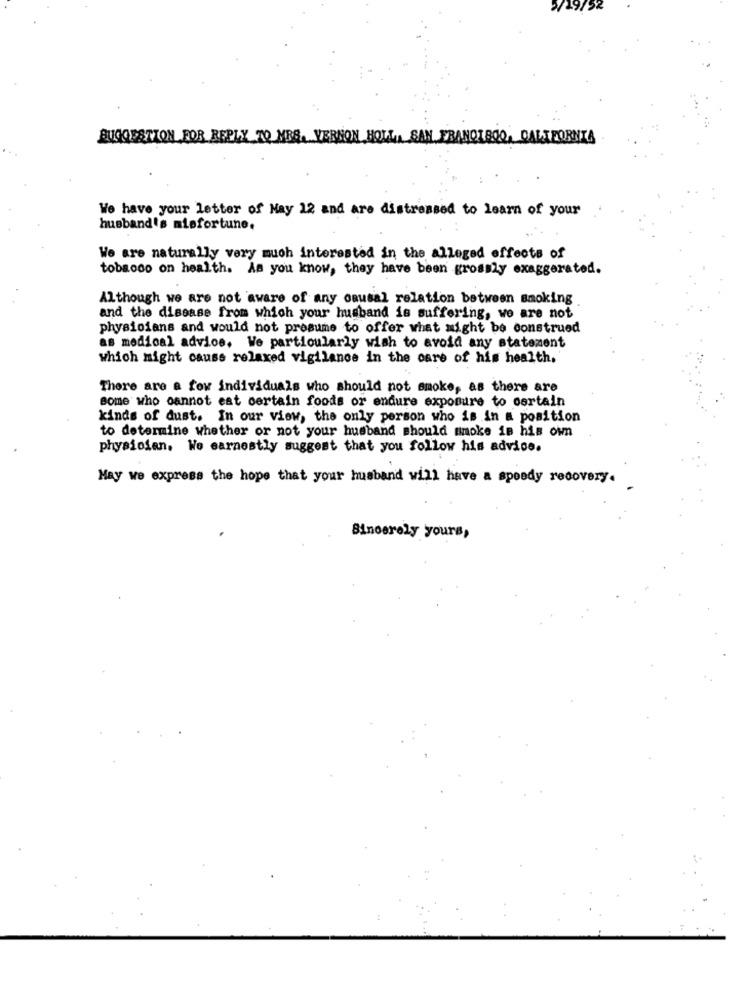
SUGGESTION FOR REPLY TO MEG. VERNON HOLL, SAN FRANCISCO, CALIFORNIA
We have your letter of May 12 and are distressed to learn of your
husband's misfortune.
We are naturally very much interested in the alleged effects of
tobacco on health. As you know, they have been grossly exaggerated.
Although we are not aware of any causal relation between smoking
and the disease from which your husband is suffering, we are not
physicians and would not presume to offer what might be construed
as medical advice, We particularly wish to avoid any statement
which might cause relaxed vigilance in the care of his health.
There are a few individuals who should not smoke, as there are
some who cannot eat certain foods or endure exposure to certain
kinds of dust. In our view, the only person who is in a position
to determine whether or not your husband should mnoke is his own
physicien. We earnestly suggest that you follow his advice.
May we express the hope that your husband will have a speedy recovery.
Sincerely yours,